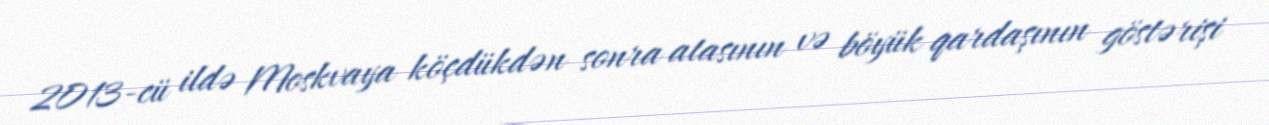
2013-cü ildə Moskvaya köçdükdən sonra atasının və böyük qardaşının göstərişi